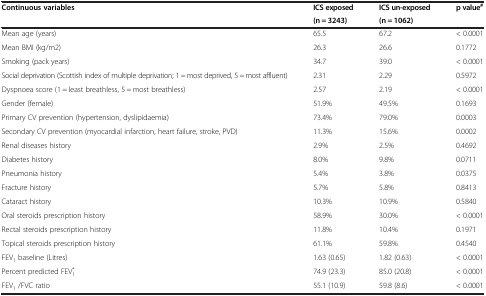
<table><thead><tr><td rowspan="2"><b>Continuous variables</b></td><td><b>ICS exposed</b></td><td><b>ICS un-exposed</b></td><td rowspan="2"><b>p value<sup>#</sup></b></td></tr><tr><td><b>(n = 3243)</b></td><td><b>(n = 1062)</b></td></tr></thead><tbody><tr><td>Mean age (years)</td><td>65.5</td><td>67.2</td><td>&lt; 0.0001</td></tr><tr><td>Mean BMI (kg/m2)</td><td>26.3</td><td>26.6</td><td>0.1772</td></tr><tr><td>Smoking (pack years)</td><td>34.7</td><td>39.0</td><td>&lt; 0.0001</td></tr><tr><td>Social deprivation (Scottish index of multiple deprivation; 1 = most deprived, 5 = most affluent)</td><td>2.31</td><td>2.29</td><td>0.5972</td></tr><tr><td>Dyspnoea score (1 = least breathless, 5 = most breathless)</td><td>2.57</td><td>2.19</td><td>&lt; 0.0001</td></tr><tr><td>Gender (female)</td><td>51.9%</td><td>49.5%</td><td>0.1693</td></tr><tr><td>Primary CV prevention (hypertension, dyslipidaemia)</td><td>73.4%</td><td>79.0%</td><td>0.0003</td></tr><tr><td>Secondary CV prevention (myocardial infarction, heart failure, stroke, PVD)</td><td>11.3%</td><td>15.6%</td><td>0.0002</td></tr><tr><td>Renal diseases history</td><td>2.9%</td><td>2.5%</td><td>0.4692</td></tr><tr><td>Diabetes history</td><td>8.0%</td><td>9.8%</td><td>0.0711</td></tr><tr><td>Pneumonia history</td><td>5.4%</td><td>3.8%</td><td>0.0375</td></tr><tr><td>Fracture history</td><td>5.7%</td><td>5.8%</td><td>0.8413</td></tr><tr><td>Cataract history</td><td>10.3%</td><td>10.9%</td><td>0.5840</td></tr><tr><td>Oral steroids prescription history</td><td>58.9%</td><td>30.0%</td><td>&lt; 0.0001</td></tr><tr><td>Rectal steroids prescription history</td><td>11.8%</td><td>10.4%</td><td>0.1971</td></tr><tr><td>Topical steroids prescription history</td><td>61.1%</td><td>59.8%</td><td>0.4540</td></tr><tr><td>FEV<sub>1</sub> baseline (Litres)</td><td>1.63 (0.65)</td><td>1.82 (0.63)</td><td>&lt; 0.0001</td></tr><tr><td>Percent predicted FEV<sub>1</sub><sup>*</sup></td><td>74.9 (23.3)</td><td>85.0 (20.8)</td><td>&lt; 0.0001</td></tr><tr><td>FEV<sub>1</sub> /FVC ratio</td><td>55.1 (10.9)</td><td>59.8 (8.6)</td><td>&lt; 0.0001</td></tr></tbody></table>